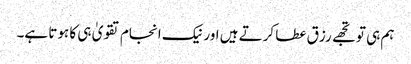
ہم ہی تو تجھے رزق عطا کرتے ہیں اور نیک انجام تقویٰ ہی کا ہوتا ہے۔